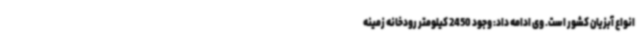
انواع آبزیان کشور است. وی ادامه داد: وجود 2450 کیلومتر رودخانه زمینه